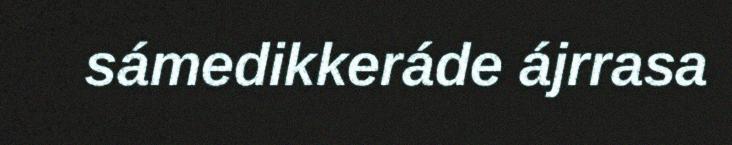
sámedikkeráde ájrrasa